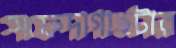
সফেদাগাছটার